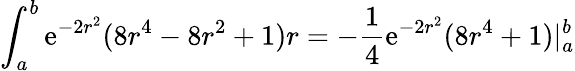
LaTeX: \int_{a}^{b}\mathrm{e}^{-2r^{2}}(8r^{4}-8r^{2}+1)r=-\frac{{1}}{{4}}\mathrm{e}^{-2r^{2}}(8r^{4}+1)|_{a}^{b}